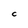
Character: C